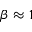
\beta \approx 1